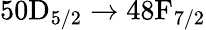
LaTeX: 50\mathrm{D}_{5/2}\to 48\mathrm{F}_{7/2}